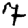
Digit: 7